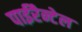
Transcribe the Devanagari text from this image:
पाईरैन्टेल